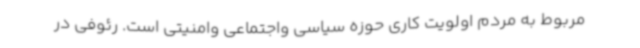
مربوط به مردم اولویت کاری حوزه سیاسی واجتماعی وامنیتی است. رئوفی در